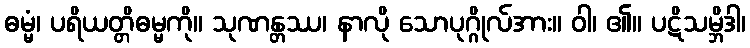
ဓမ္မံ၊ ပရိယတ္တိဓမ္မကို။ သုဏန္တဿ၊ နာလို သောပုဂ္ဂိုလ်အား။ ဝါ၊ ၏။ ပဋိသမ္ဘိဒါ၊